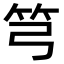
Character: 𥫤